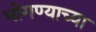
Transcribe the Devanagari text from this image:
भोगण्याच्या